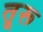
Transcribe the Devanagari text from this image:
तूरू